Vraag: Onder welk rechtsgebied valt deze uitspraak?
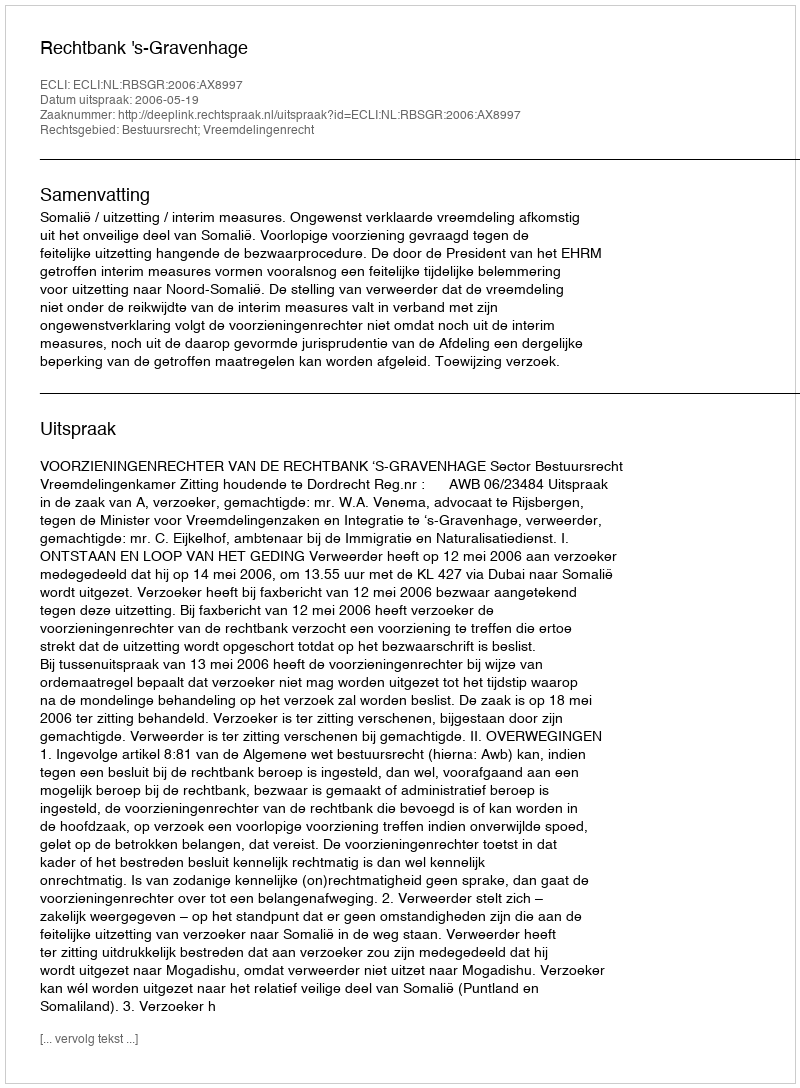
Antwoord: Bestuursrecht; Vreemdelingenrecht